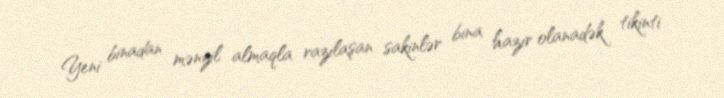
Yeni binadan mənzil almaqla razılaşan sakinlər bina hazır olanadək tikinti